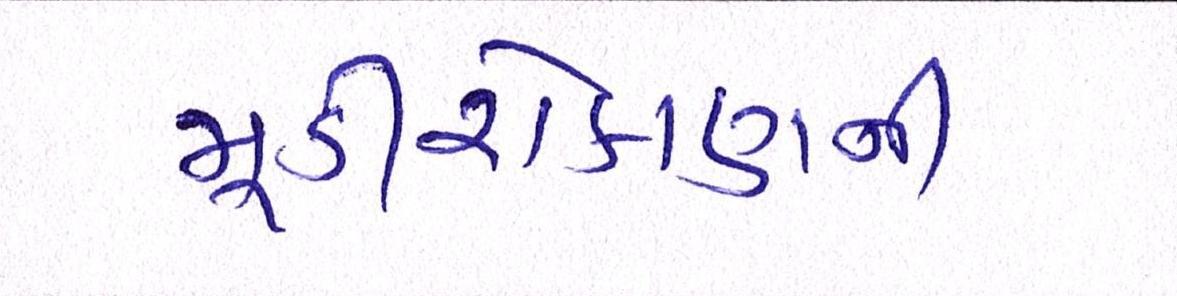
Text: મૂડીરોકાણની